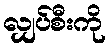
လျှပ်စီးကို